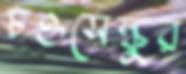
চওসেস্কুর